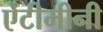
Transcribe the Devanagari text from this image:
ऐंटीमीनी